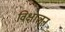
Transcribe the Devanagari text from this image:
विक्षालन